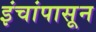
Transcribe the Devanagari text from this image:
इंचांपासून